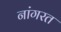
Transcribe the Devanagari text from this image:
नांगरत